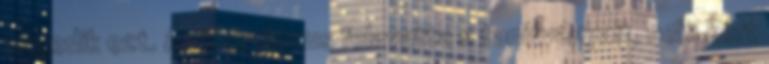
engedik ezt. Amikor Jézus felavatta a tanítványait, nem kért